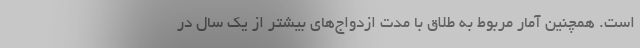
است. همچنین آمار مربوط به طلاق با مدت ازدواج‌های بیشتر از یک سال در